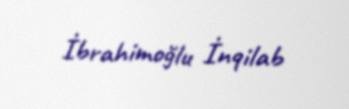
İbrahimoğlu İnqilab